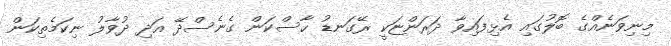
މިނިވަނެއްގެ ބޮލުގައި އެޅިފައިވާ ދަރަންޏަކީ ރޭގަނޑު ހާސްކަން ގެނެސްދޭ އަދި ދުވާލު ނިކަމެތިކަން